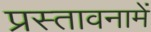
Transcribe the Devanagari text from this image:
प्रस्‍तावनामें